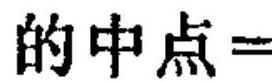
的中点=